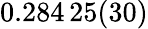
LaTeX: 0.284\, 25(30)